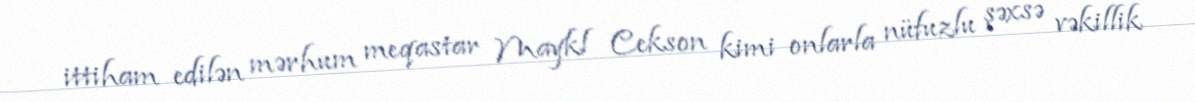
ittiham edilən mərhum meqastar Maykl Cekson kimi onlarla nüfuzlu şəxsə vəkillik